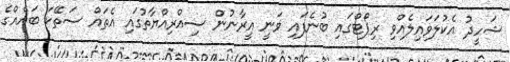
ޝަހީދު އެކުލަވައިލެއްވި ރިޕޯޓްގައި ބުނެފައި ވަނީ އީރާނުން ސިއްރިއްޔާތުގައި އެތައް ސަތޭކަ ބައެއްގެ